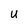
Character: u